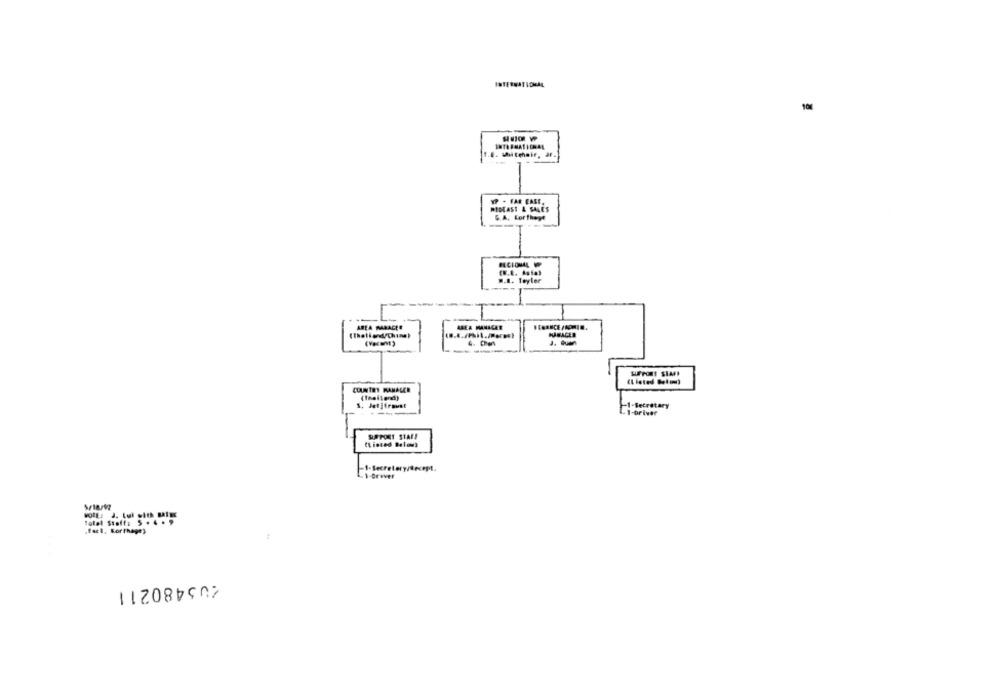
INTERNATIONAL
VP . FAR EAST.
MIDEAST & SALES
G.A. For thegt
.... Toylee
AREA MANAGER
AREA MARACLE
MARACLE
4. Chan
COUNTRY MANAGER
(Thailand)
1. Jet]freust
-1-Secretary
- 1-Driver
SUPPORT SIAE!
(Listed Below)
-1-Secretory/
1 Driver
total Staff: 5 . 4 .9
.fact, Korthage)
205480211